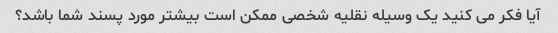
آیا فکر می کنید یک وسیله نقلیه شخصی ممکن است بیشتر مورد پسند شما باشد؟